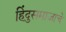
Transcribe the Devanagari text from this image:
हिंदुसमाजाचे